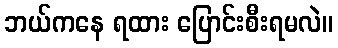
ဘယ်ကနေ ရထား ပြောင်းစီးရမလဲ။